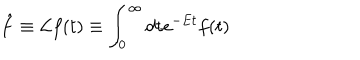
\hat { f } \equiv { \cal L } f ( t ) \equiv \int _ { 0 } ^ { \infty } d t e ^ { - E t } f ( t )